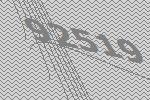
92519